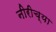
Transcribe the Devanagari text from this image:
नीरीच्या